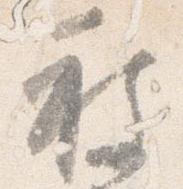
被